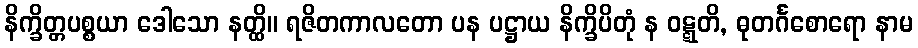
နိက္ခိတ္တပစ္စယာ ဒေါသော နတ္ထိ။ ရဇိတကာလတော ပန ပဋ္ဌာယ နိက္ခိပိတုံ န ဝဋ္ဋတိ, ဓုတင်္ဂစောရော နာမ